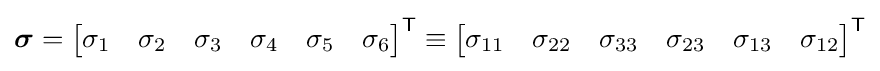
{\boldsymbol {\sigma }}={\begin{bmatrix}\sigma _{1}&\sigma _{2}&\sigma _{3}&\sigma _{4}&\sigma _{5}&\sigma _{6}\end{bmatrix}}^{\textsf {T}}\equiv {\begin{bmatrix}\sigma _{11}&\sigma _{22}&\sigma _{33}&\sigma _{23}&\sigma _{13}&\sigma _{12}\end{bmatrix}}^{\textsf {T}}